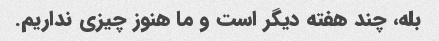
بله، چند هفته دیگر است و ما هنوز چیزی نداریم.